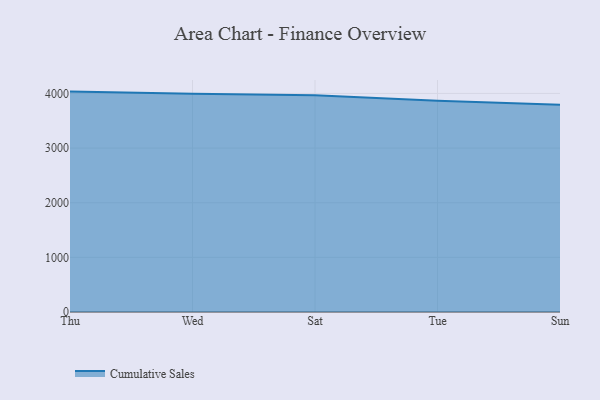
{"axis": {"x": "Day", "y": "Backlog"}, "legend": ["Cumulative Sales"], "data": [{"x": "Thu", "y": 4033.5, "type": "Cumulative Sales"}, {"x": "Wed", "y": 3992.0, "type": "Cumulative Sales"}, {"x": "Sat", "y": 3965.8, "type": "Cumulative Sales"}, {"x": "Tue", "y": 3866.3, "type": "Cumulative Sales"}, {"x": "Sun", "y": 3793.1, "type": "Cumulative Sales"}]}